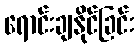
ရောင်းချနိုင်ခြင်း